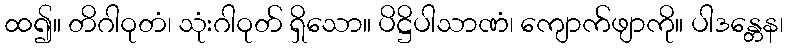
ထ၍။ တိဂါဝုတံ၊ သုံးဂါဝုတ် ရှိသော။ ပိဋ္ဌိပါသာဏံ၊ ကျောက်ဖျာကို။ ပါဒန္တေန၊